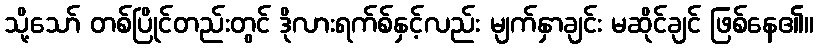
သို့သော် တစ်ပြိုင်တည်းတွင် ဒိုလားရက်စ်နှင့်လည်း မျက်နှာချင်း မဆိုင်ချင် ဖြစ်နေ၏။